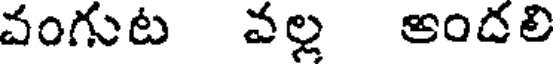
వంగుట వల్ల అందలి